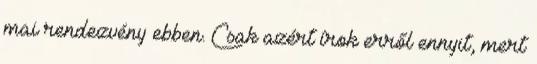
mai rendezvény ebben. Csak azért írok erről ennyit, mert